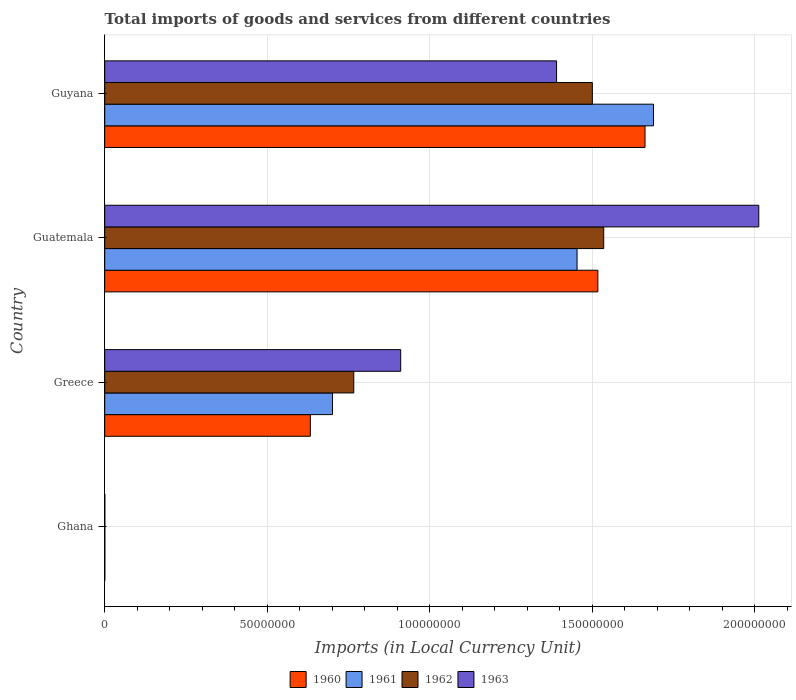
| Country | 1960 | 1961 | 1962 | 1963 |
 | --- | --- | --- | --- | --- |
 | Ghana | 3.08e+04 | 3.39e+04 | 2.81e+04 | 3.02e+04 |
 | Greece | 6.33e+07 | 7.01e+07 | 7.66e+07 | 9.1e+07 |
 | Guatemala | 1.52e+08 | 1.45e+08 | 1.54e+08 | 2.01e+08 |
 | Guyana | 1.66e+08 | 1.69e+08 | 1.5e+08 | 1.39e+08 |